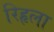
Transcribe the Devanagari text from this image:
रिहृला